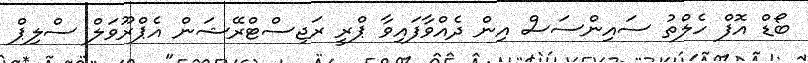
ބޯޑް އޮފް ހެލްތު ސައިންސަސް އިން ދެއްވާފައިވާ ޕްރީ ރަޖިސްޓްރޭޝަން އެޕްރޫވަލް ސްލިޕް